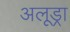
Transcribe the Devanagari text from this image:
अलूड्रा